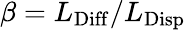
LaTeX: \beta=L_{\mathrm{Diff}}/L_{\mathrm{Disp}}